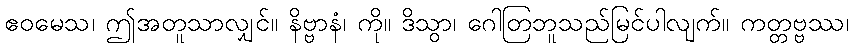
ဧဝမေသ၊ ဤအတူသာလျှင်။ နိဗ္ဗာနံ၊ ကို။ ဒိသွာ၊ ဂေါတြဘူသည်မြင်ပါလျက်။ ကတ္တဗ္ဗဿ၊